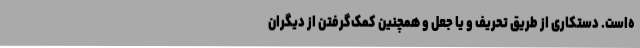
ه‌است. دستکاری از طریق تحریف و یا جعل و همچنین کمک‌گرفتن از دیگران